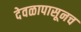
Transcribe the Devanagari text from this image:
देवळापासूनच